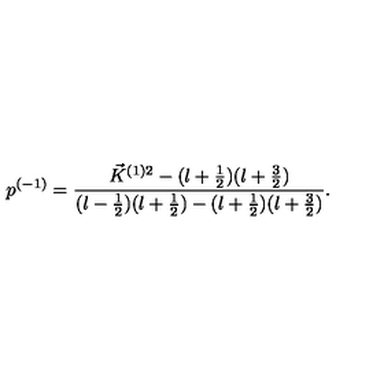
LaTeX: p ^ { ( - 1 ) } = \frac { \vec { K } ^ { ( 1 ) 2 } - ( l + \frac { 1 } { 2 } ) ( l + \frac { 3 } { 2 } ) } { ( l - \frac { 1 } { 2 } ) ( l + \frac { 1 } { 2 } ) - ( l + \frac { 1 } { 2 } ) ( l + \frac { 3 } { 2 } ) } .